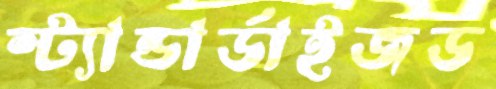
স্ট্যান্ডার্ডাইজড